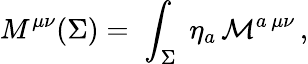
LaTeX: M^{\mu\nu}(\Sigma)=\; \int_{\Sigma}\; \eta_{a}\, {\cal M}^{a\, \mu\nu}\, ,